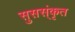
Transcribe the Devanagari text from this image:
सुसस्ंकृत